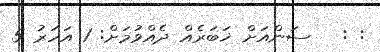
: :   ސަންއަށް ޚަބަރެއް ދެއްވުމަށް: 1 އަހަރު 5